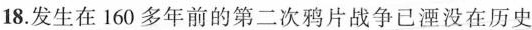
18.发生在160多年前的第二次鸦片战争已湮没在历史